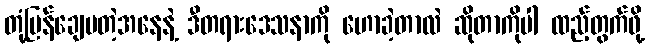
တုံ့ပြန်ချေပတဲ့အနေနဲ့ ဒီတရားဒေသနာကို ဟောခဲ့တာလဲ ဆိုတာကိုပါ ထည့်တွက်ဖို့